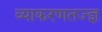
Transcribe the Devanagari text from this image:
व्याकरणतज्‍ज्ञ